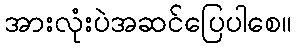
အားလုံးပဲအဆင်ပြေပါစေ။